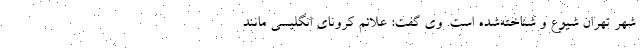
شهر تهران شیوع و شناخته‌شده است. وی گفت: علائم کرونای انگلیسی مانند